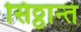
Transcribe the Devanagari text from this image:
सिठ्ठान्त